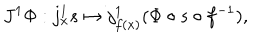
J ^ { 1 } \Phi : j _ { x } ^ { 1 } s \mapsto j _ { f ( x ) } ^ { 1 } ( \Phi \circ s \circ f ^ { - 1 } ) ,